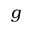
g